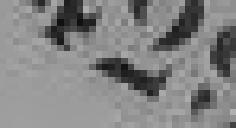
429